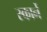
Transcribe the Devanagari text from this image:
स्कार्ने